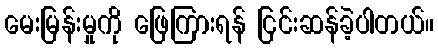
မေးမြန်းမှုကို ဖြေကြားရန် ငြင်းဆန်ခဲ့ပါတယ်။